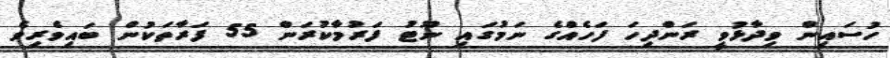
ހުސައިން ވިދާޅުވީ ރަންދިހަ ފަހެއްގެ ނަމުގައި ނޫޓު ފަރުމާކުރަން 55 ފަރާތަކުން ބައިވެރިވެ